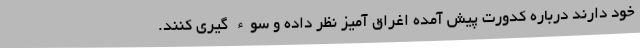
خود دارند درباره کدورت پیش آمده اغراق آمیز نظر داده و سوء گیری کنند.